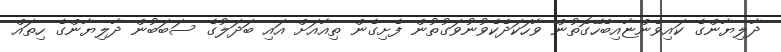
ދާލިޔާންގެ ކައިވެންޏާއިބެހޭގޮތުން ވާހަކަދެކެވުނުވަގުތުން ފެށިގެން ތިއާއަށް އައި ބަދަލުގެ ސަބަބުން ދާލިޔާންގެ ހިތައް